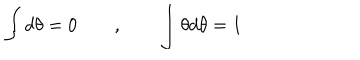
\int d \theta = 0 \qquad , \qquad \int \theta d \theta = 1